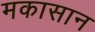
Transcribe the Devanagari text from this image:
मकासान